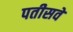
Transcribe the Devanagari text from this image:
पतीसवें